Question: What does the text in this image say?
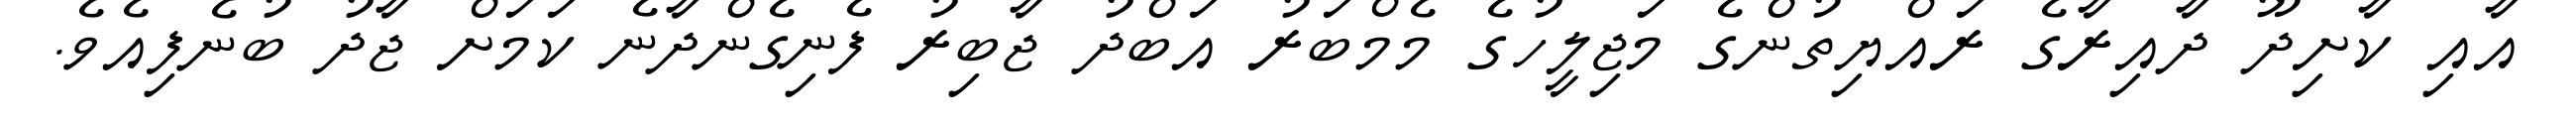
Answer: އާއި ކާށިދޫ ދާއިރާގެ ރައްޔިތުންގެ މަޖިލީހުގެ މެމްބަރު އަބްދު ޖާބިރު ފެނިގެންދާނެ ކަމަށް ޖާދު ބުނެފިއެވެ.